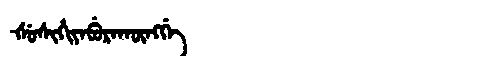
Manchu: ᡧᡠᠰᡳᡥᡳᠶᡝᠪᡠᡵᠠᡴᡡᠩᡤᡝ
Romanization: ŠUSIHIYEBURAKŪNGGE